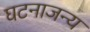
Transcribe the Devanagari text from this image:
घटनाजन्य